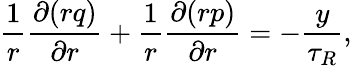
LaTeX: \frac{1}{r}\frac{\partial(rq)}{\partial r}+\frac{1}{r}\frac{\partial(rp)}{\partial r}=-\frac{y}{\tau_{R}},